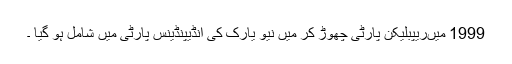
1999 میںریپبلیکن پارٹی چھوڑ کر میں نیو یارک کی انڈیپنڈینس پارٹی میں شامل ہو گیا ۔